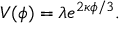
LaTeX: V ( \phi ) = \lambda e ^ { 2 \kappa \phi / 3 } .